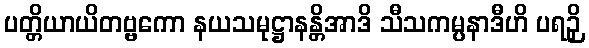
ပတ္တိယာယိတဗ္ဗကော နယသမုဋ္ဌာနန္တိအာဒိ သီသကမ္ပနာဒီဟိ ပရဉှိ